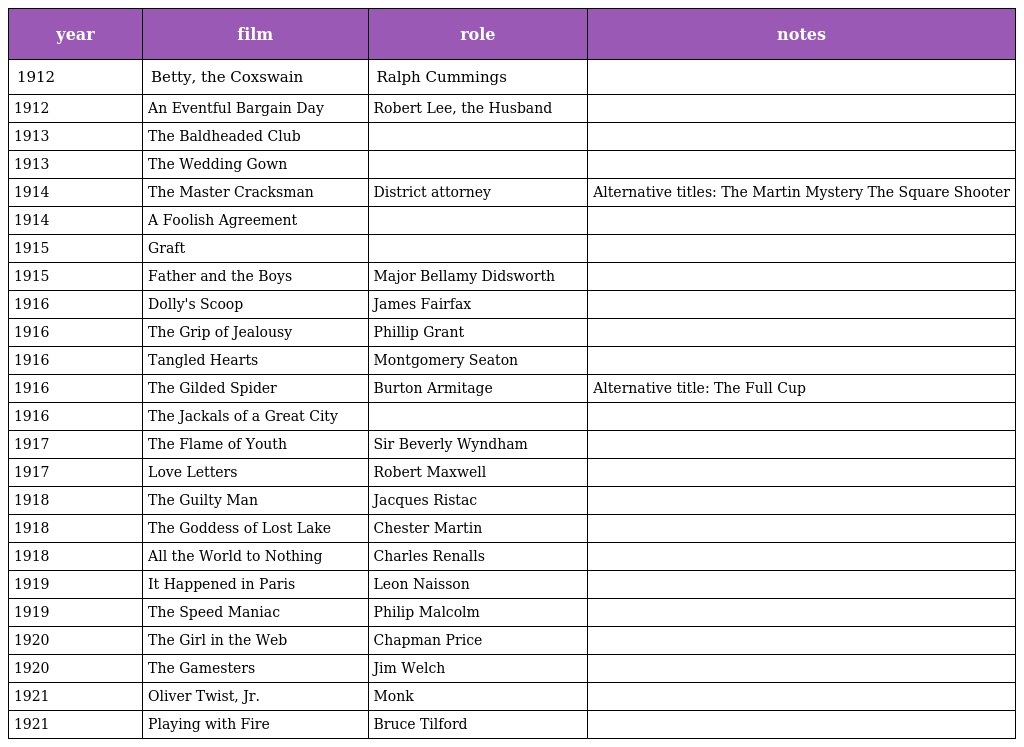
| year | film | role | notes |
 | --- | --- | --- | --- |
 | 1912 | Betty, the Coxswain | Ralph Cummings |  |
 | 1912 | An Eventful Bargain Day | Robert Lee, the Husband |  |
 | 1913 | The Baldheaded Club |  |  |
 | 1913 | The Wedding Gown |  |  |
 | 1914 | The Master Cracksman | District attorney | Alternative titles: The Martin Mystery The Square Shooter |
 | 1914 | A Foolish Agreement |  |  |
 | 1915 | Graft |  |  |
 | 1915 | Father and the Boys | Major Bellamy Didsworth |  |
 | 1916 | Dolly's Scoop | James Fairfax |  |
 | 1916 | The Grip of Jealousy | Phillip Grant |  |
 | 1916 | Tangled Hearts | Montgomery Seaton |  |
 | 1916 | The Gilded Spider | Burton Armitage | Alternative title: The Full Cup |
 | 1916 | The Jackals of a Great City |  |  |
 | 1917 | The Flame of Youth | Sir Beverly Wyndham |  |
 | 1917 | Love Letters | Robert Maxwell |  |
 | 1918 | The Guilty Man | Jacques Ristac |  |
 | 1918 | The Goddess of Lost Lake | Chester Martin |  |
 | 1918 | All the World to Nothing | Charles Renalls |  |
 | 1919 | It Happened in Paris | Leon Naisson |  |
 | 1919 | The Speed Maniac | Philip Malcolm |  |
 | 1920 | The Girl in the Web | Chapman Price |  |
 | 1920 | The Gamesters | Jim Welch |  |
 | 1921 | Oliver Twist, Jr. | Monk |  |
 | 1921 | Playing with Fire | Bruce Tilford |  |